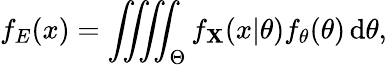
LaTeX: f_{E}(x)=\iiiint_{\Theta}f_{\mathbf{X}}(x|\theta)f_{\theta}(\theta)\, \mathrm{d}\theta,